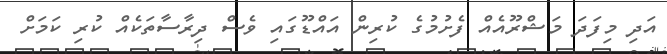
އަދި މިފަދަ މަޝްރޫއެއް ފެށުމުގެ ކުރިން އައްޑޫގައި ވެސް ދިރާސާތަކެއް ކުރި ކަމަށް